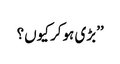
’’بڑی ہوکر کیوں؟